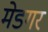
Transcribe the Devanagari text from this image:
मेडगर